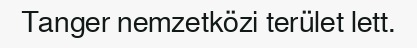
Tanger nemzetközi terület lett.